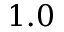
1 . 0